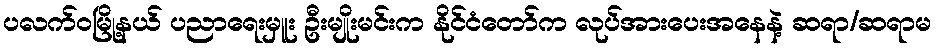
ပလက်ဝမြို့နယ် ပညာရေးမှူး ဦးမျိုးမင်းက နိုင်ငံတော်က လုပ်အားပေးအနေနဲ့ ဆရာ/ဆရာမ